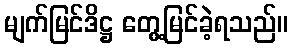
မျက်မြင်ဒိဋ္ဌ တွေ့မြင်ခဲ့ရသည်။